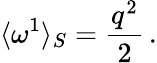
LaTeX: \langle\omega^{1}\rangle_{S}=\frac{{q}^{2}}{2}\, .